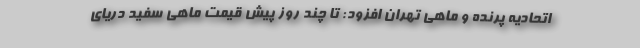
اتحادیه پرنده و ماهی تهران افزود: تا چند روز پیش قیمت ماهی سفید دریای